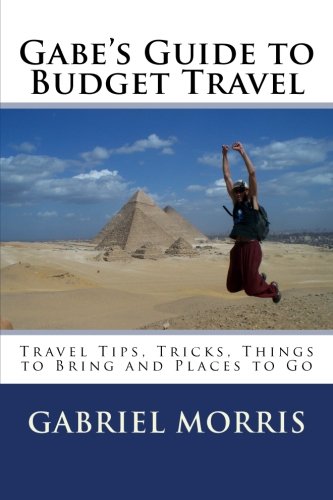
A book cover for Gabe's Guide to Budget Travel: Travel Tips, Tricks, Things to Bring and Places to Go; Gabriel Morris; Travel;